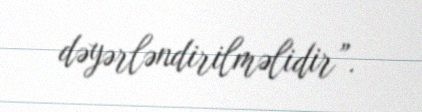
dəyərləndirilməlidir”.